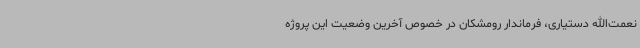
نعمت‌الله دستیاری، فرماندار رومشکان در خصوص آخرین وضعیت این پروژه